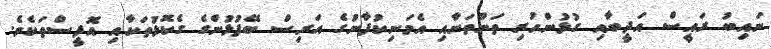
ނައިބު ރައީސް އަދީބާއި ގުޅުންހުރި ތަންތަނާއި އެމަނިކުފާނުގެ އަރިސް ބޭފުޅުންގެ ގެކޮޅުތަކާއި އޮފީސްތަކެވެ.